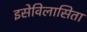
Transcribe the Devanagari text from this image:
इसेविलासिता